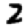
Digit: 2